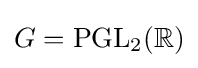
G=\mathrm {PGL} _{2}(\mathbb {R} )